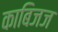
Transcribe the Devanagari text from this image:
काबिजज